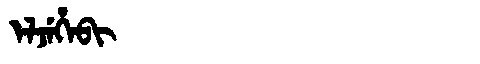
Manchu: ᡝᠯᠵᡝᡥᡝᠪᡳ
Romanization: ELJEHEBI